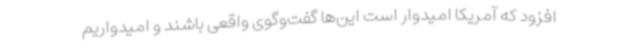
افزود که آمریکا امیدوار است این‌ها گفت‌وگوی واقعی باشند و امیدواریم